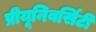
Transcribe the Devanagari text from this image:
प्रीयूनिवर्सिटी